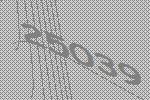
25039